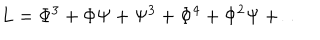
L = \Phi ^ { 3 } + \Phi \Psi + \Psi ^ { 3 } + \Phi ^ { 4 } + \Phi ^ { 2 } \Psi + \dots